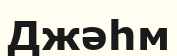
Джәһм